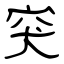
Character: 突